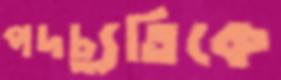
পদচ্যুতিকে